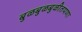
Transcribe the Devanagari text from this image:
बुळबुळबुळीतपणा